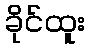
ခိုင်ထူး